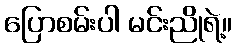
ပြောစမ်းပါ မင်းညိုရဲ့။